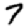
Digit: 7